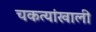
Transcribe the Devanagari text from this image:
चकत्यांखाली